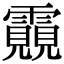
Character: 䨳